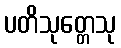
ပတိသုတ္တေသု